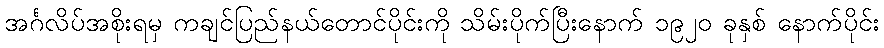
အင်္ဂလိပ်အစိုးရမှ ကချင်ပြည်နယ်တောင်ပိုင်းကို သိမ်းပိုက်ပြီးနောက် ၁၉၂၀ ခုနှစ် နောက်ပိုင်း